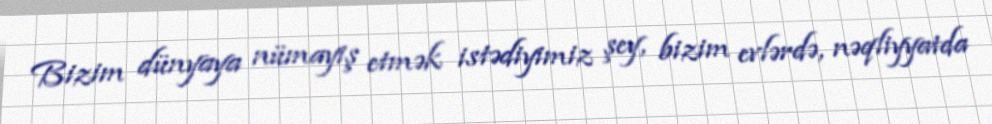
Bizim dünyaya nümayiş etmək istədiyimiz şey, bizim evlərdə, nəqliyyatda